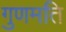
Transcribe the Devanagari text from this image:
गुणमति